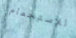
للإستحمام